Calcutta medical institutions reports 1892-1900
Year: 1892
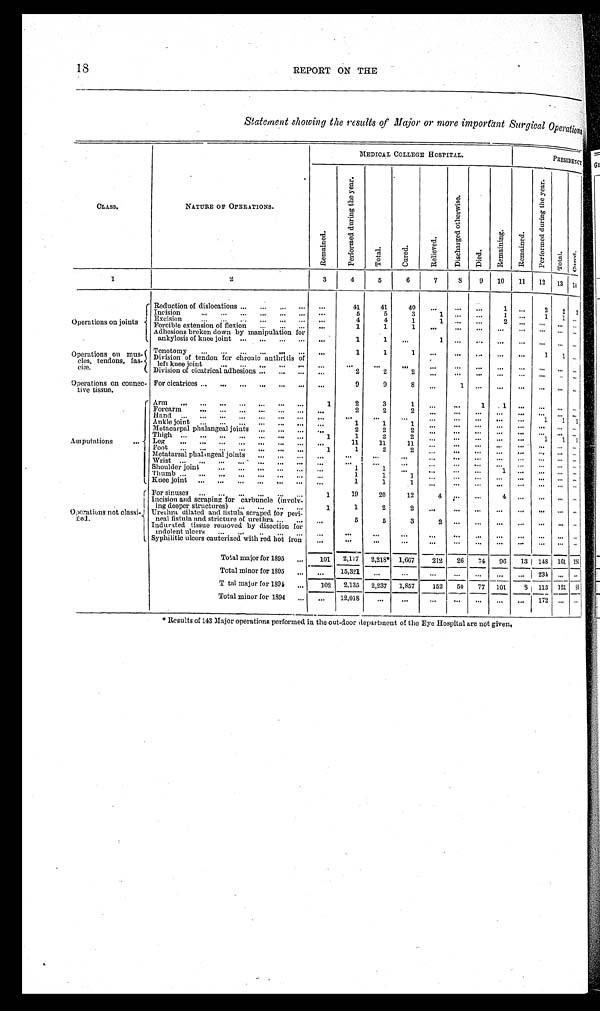
18
REPORT ON THE
Statement showing the results of Major or more important Surgical Operations
CLASS.
N A T U R E O F O P E R A T I O N S .
MEDICAL COLLEGE HOSPITAL.
PRESIDENCY
R e m a i n e d .
P e r f o r m e d d u r i n g t h e y e a r .
T o t a l .
C u r e d .
R e l i e v e d .
D i s c h a r g e d o t h e r w i s e .
D i e d .
R e m a i n i n g .
R e m a i n e d .
P e r f o r m e d d u r i n g t h e y e a r .
T o t a l .
C u r e d .
1
2
3
4
5
6
7
8
9
10
11
12 13 14
O p e r a t i o n s o n j o i n t s
Reduction of dislocations . . .
. . .
41
41
40
. . .
. . .
. . .
1
. . .
2
2 2
Incision . . .
. . .
5
5
3
1
. . .
. . . 1
. . .
1
1
. . .
Excision . . .
. . .
4
4
1
1
. . .
. . . 2
. . . . . .
. . .
. . .
Forcible extension of flexion . . .
. . .
1
1
1
. . .
. . .
. . .
. . .
. . .
. . .
. . .
. . .
Adhesions broken down by manipulation for
ankylosis of knee joint . . .
. . .
1
1
. . .
1
. . .
. . . . . .
. . . . . .
. . .
. . .
Operations on mus
-cles, tendons,fas - c i æ .
Tenotomy . . .
. . .
1
1
1
. . .
. . .
. . . . . .
. . .
1
1 . . .
D i v i s i o n o f t e n d o n f o r c h r o n i c a n t h r i t i s o f l e f t k n e e j o i n t . . .
. . .
. . .
. . .
. . .
. . .
. . .
. . .
. . .
. . .
. . .
. . .
. . .
Division of cicatrical adhesions . . .
. . .
2
2
2
. . .
. . .
. . . . . .
. . . . . .
. . . . . .
Operations on connec
-tive tissue.
For cicatrices . . .
. . .
9
9
8
. . .
1
. . . . . .
. . . . . .
. . . . . .
Amputations . . .
Arm . . .
1
2
3
1
. . .
. . .
1
1
. . . . . .
. . .
. . .
Forearm . . .
. . .
2
2
2
. . .
. . .
. . .
. . .
. . . . . .
. . .
. . .
Hand . . .
. . .
. . .
. . .
. . .
. . .
. . .
. . .
. . .
. . .
1
1
1
Ankle joint . . .
. . .
1
1
1
. . .
. . .
. . .
. . .
. . .
. . .
. . . . . .
Metacarpal phalangeal joints . . .
. . .
2
2
2
. . .
. . .
. . .
. . .
. . .
. . .
. . .
. . .
Thigh . . .
1
1
2
2
. . .
. . .
. . .
. . .
. . .
1
1
1
Leg . . .
. . .
11
11
11
. . .
. . .
. . .
. . .
. . .
. . .
. . . . . .
Foo t . . .
1.
1 2
2
. . .
. . .
. . .
. . .
. . . . . .
. . . . . .
Metatarsal phalangeal joints
. . .
. . .
. . .
. . .
. . .
. . .
. . .
. . .
. . .
. . . . . .
. . . . . .
W r i s t . . .
. . .
. . .
. . .
. . .
. . .
. . .
. . .
. . .
. . .
. . .
. . . . . .
Shoulder joint . . .
. . .
1
1
. . .
. . .
. . .
. . .
1
. . . . . .
. . . . . .
T h u m b . . .
. . .
1
1
1
. . .
. . .
. . .
. . .
. . . . . .
. . .
. . .
Knee joint
. . .
. . .
1
1
1
. . .
. . .
. . .
. . .
. . . . . .
. . .
. . .
O p e r a t i o n s n o t c l a s s i - f i e d .
F o r s i n u s e s . . .
1
19
20
12
4
. . .
. . .
4
. . .
. . .
. . .
. . .
Incision and scraping for carbuncle (involv
-ing deeper structures) . . .
1
1
2
2
. . .
. . .
. . .
. . .
. . .
. . .
. . .
. . .
Urethra, dilated and fistula scraped for peri-neal fistula and stricture of urethra . . .
. . .
5
5
3
2
. . .
. . .
. . .
. . .
. . .
. . .
. . .
Indurated tissue removed by disection for
indolent ulcers . . .
. . .
. . .
. . .
. . .
. . .
. . .
. . .
. . .
. . .
. . .
. . .
. . .
Syphilitic ulcers cauterized with red hot iron
. . .
. . .
. . .
. . .
. . .
. . .
. . .
. . .
. . .
. . .
. . .
. . .
Total major for 1895 . . .
101
2,117
2,218* 1,667
212
26
74
96
13 148 161
1 2 6
Total minor for 1895 . . .
. . . 15,321
. . .
. . .
. . .
. . .
. . .
. . .
. . .
2 3 4
. . .
. . .
Total major for 1894 . . .
102
2,135 2,237 1,857
152
50
77 101
8 113 121
8 8
Total minor for 1894 . . .
. . . 12,018
. . .
. . .
. . .
. . .
. . .
. . .
. . . 172
. . .
. . .
* Results of 143 Major operations performed in the out-door department of the Eye Hospital are not given.